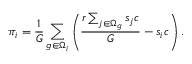
\pi _ { i } = \frac { 1 } { G } \sum _ { g \in \Omega _ { i } } \left( \frac { r \sum _ { j \in \Omega _ { g } } s _ { j } c } { G } - s _ { i } c \right) .